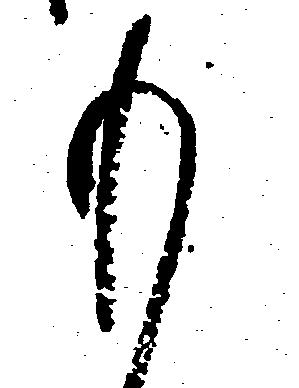
も